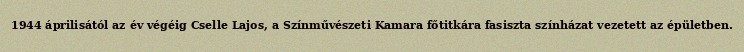
1944 áprilisától az év végéig Cselle Lajos, a Színművészeti Kamara főtitkára fasiszta színházat vezetett az épületben.